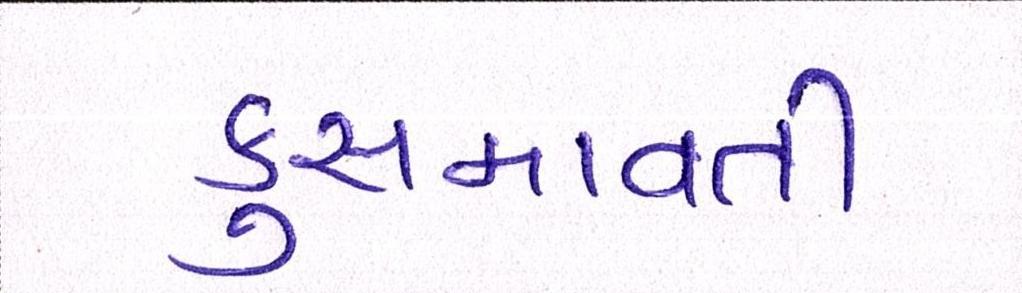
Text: કુસમાવતી